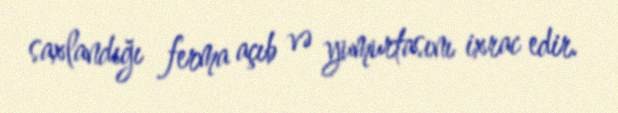
saxlandığı ferma açıb və yumurtasını ixrac edir.